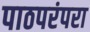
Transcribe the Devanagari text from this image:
पाठपरंपरा